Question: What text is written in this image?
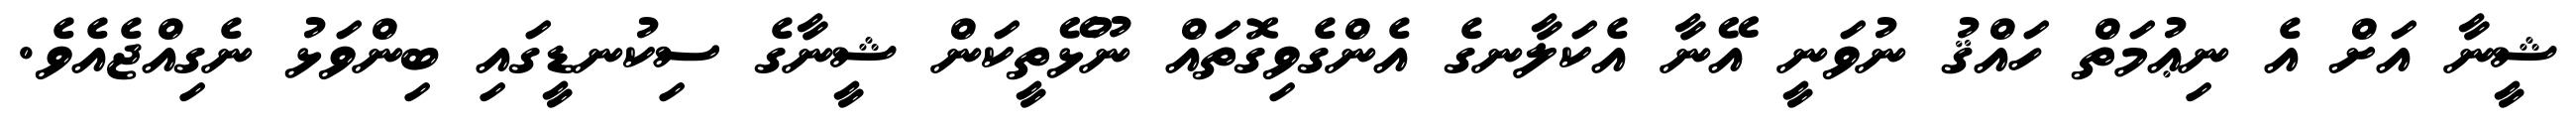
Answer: ޝީނާ އަށް އެ ނިޢުމަތް ހައްޤު ނުވަނީ އޭނާ އެކަލާނގެ އެންގެވިގޮތައް ނޫޅޭތީކަން ޝީނާގެ ސިކުނޑީގައި ބިންވަޅު ނެގިއްޖެއެވެ.